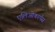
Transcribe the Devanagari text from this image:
एलिओकार्पस